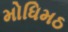
મોધિમઠ